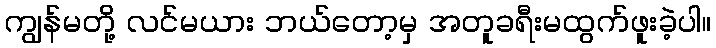
ကျွန်မတို့ လင်မယား ဘယ်တော့မှ အတူခရီးမထွက်ဖူးခဲ့ပါ။